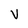
Character: V